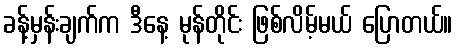
ခန့်မှန်းချက်က ဒီနေ့ မုန်တိုင်း ဖြစ်လိမ့်မယ် ပြောတယ်။